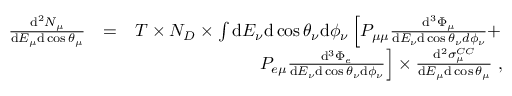
\begin{array} { r l r } { \frac { \mathrm { d } ^ { 2 } N _ { \mu } } { \mathrm { d } E _ { \mu } \mathrm { d } \cos \theta _ { \mu } } } & { = } & { T \times N _ { D } \times \int \mathrm { d } E _ { \nu } \mathrm { d } \cos \theta _ { \nu } \mathrm { d } \phi _ { \nu } \left[ P _ { \mu \mu } \frac { \mathrm { d } ^ { 3 } \Phi _ { \mu } } { \mathrm { d } E _ { \nu } \mathrm { d } \cos \theta _ { \nu } d \phi _ { \nu } } + \right. } \\ & { } & { \left. P _ { e \mu } \frac { \mathrm { d } ^ { 3 } \Phi _ { e } } { \mathrm { d } E _ { \nu } \mathrm { d } \cos \theta _ { \nu } \mathrm { d } \phi _ { \nu } } \right] \times \frac { \mathrm { d } ^ { 2 } \sigma _ { \mu } ^ { C C } } { \mathrm { d } E _ { \mu } \mathrm { d } \cos \theta _ { \mu } } ~ , } \end{array}